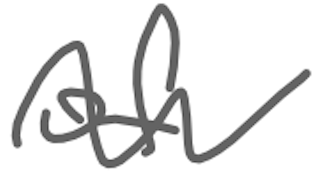
Text: of
Cross-out: mix
Writing tool: digital_gray